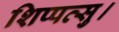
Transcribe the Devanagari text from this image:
शिप्पत्सु।